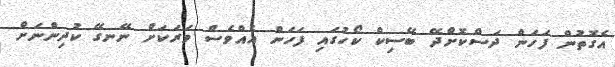
އެގޮތުން ފަހަން ދަސްކޮށްދޭ ބޭސިކް ކޯހުގައި ފަހަން އެއްވެސް ވަރަކަށް ނޭނގޭ ކުދިންނަށް